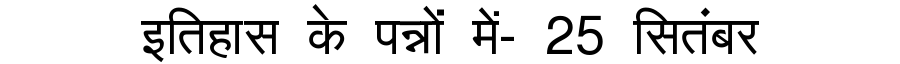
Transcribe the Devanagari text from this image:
इतिहास के पन्नों में- 25 सितंबर